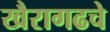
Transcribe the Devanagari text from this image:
खैरागढचे